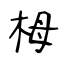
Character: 栂